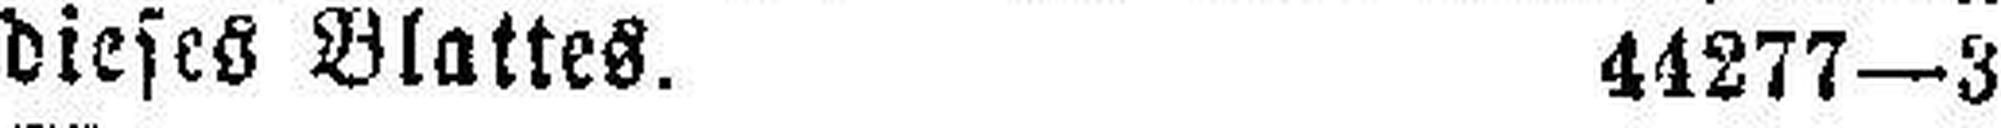
dieses Blattes. 44277—3